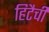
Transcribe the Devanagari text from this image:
हिटैची